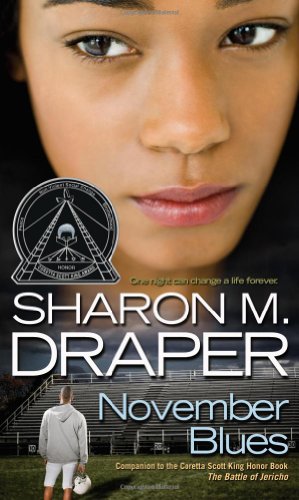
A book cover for November Blues (The Jericho Trilogy); Sharon M. Draper; Teen & Young Adult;